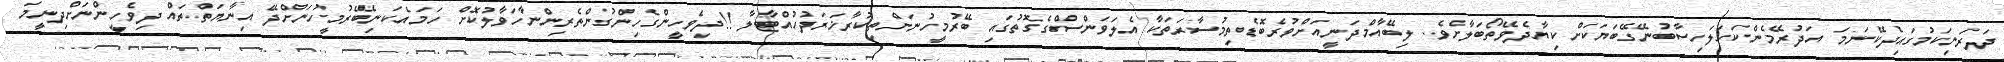
ދަރަނިކަމުގައިދެކޭނަމަ އަދުރޭމެންކަހަލަހިސާބުނޭގޭބަޔަކަށް ކިޔާދެވޭތޯބަލާށެވެ. ލިބޭއާމްދަނީއަށްވުރެބޮޑެތިމުސާރަތަކާ އެލަވަންސްގެގޮތުގައި ބޭރުމީހުނަށްތިކުރާޚަރަދުހުއްޓާލާ !!ދިވެހީންގެހިންގުންތެރިންނާހަވާލުކޮށް ހަމައެކަނިބޭރުމީހުނަށްދޭ އިނާޔަތްތައް ދިވެހީންނަށްދިނީމަ